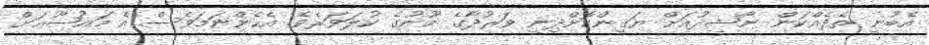
އެބުނީ ތެދެއްކަން ނާޝިދުއަށް ޔަގީންކޮށްދިނީ ވަރުދާގެ މޫނުގެ ކުލަވަރެވެ. އެހެންނަމަވެސް އެ މައުޟޫޢަށް